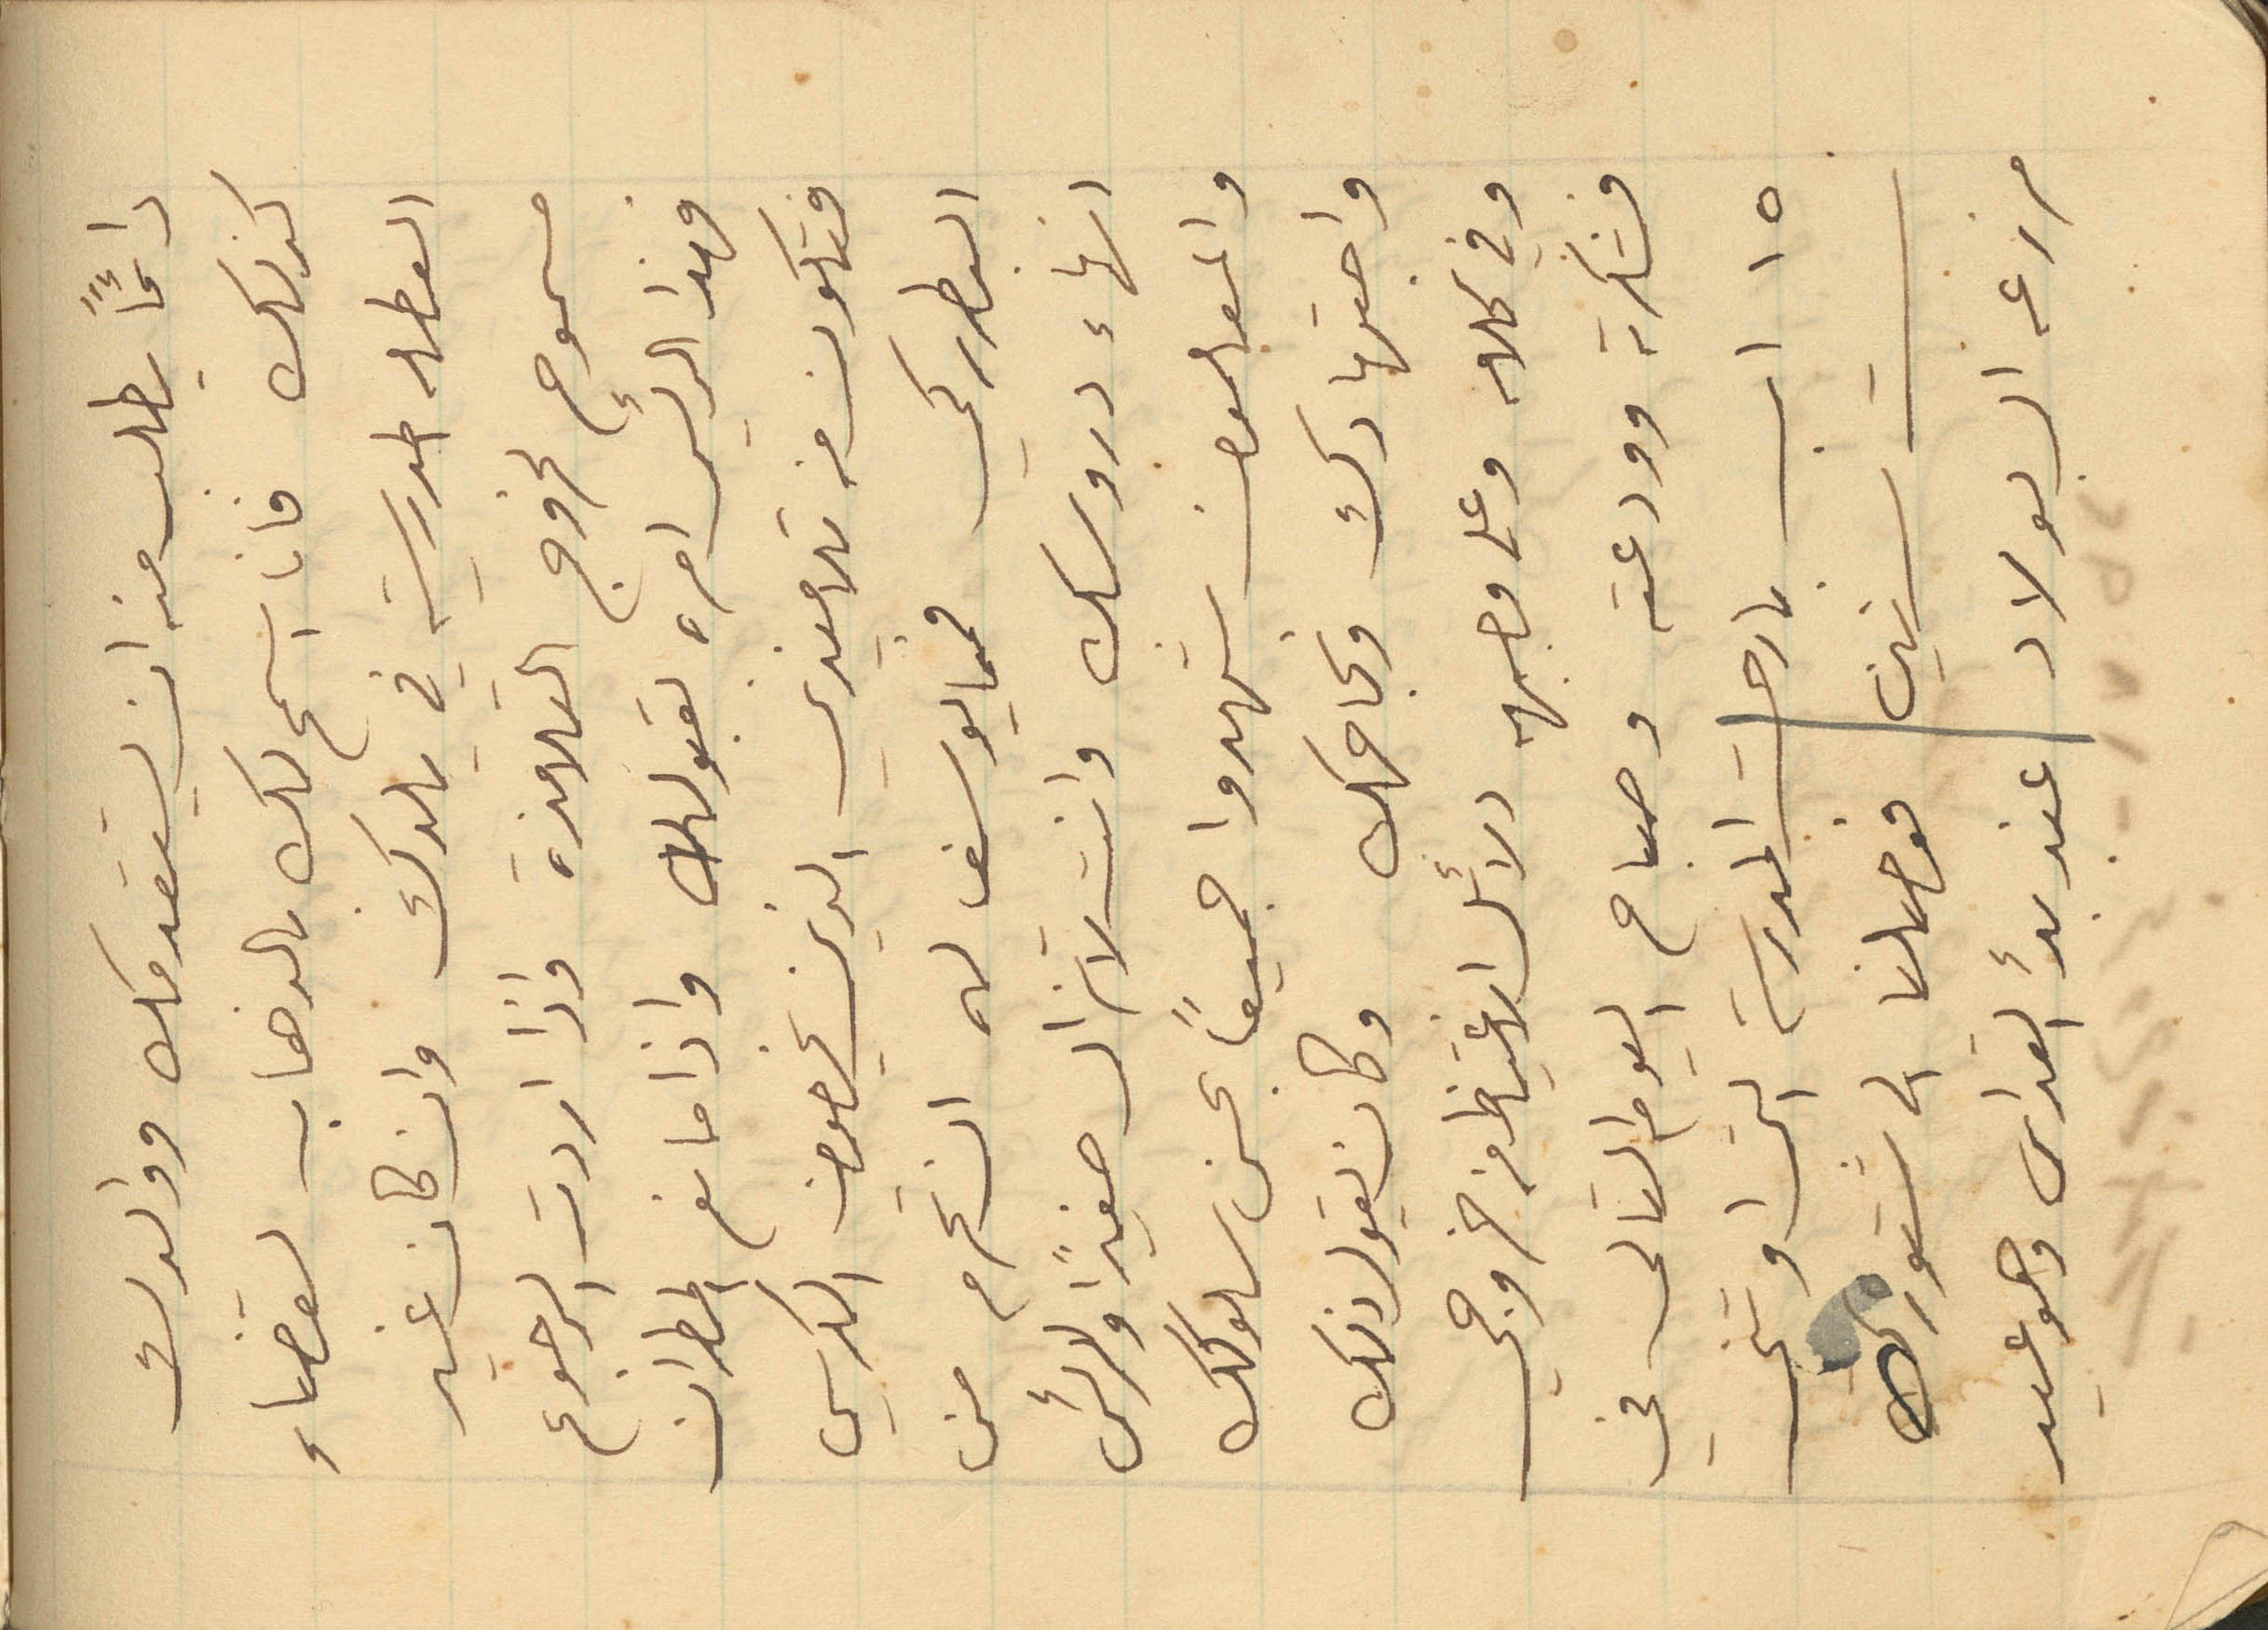
دائماً يطلب منه ان يستقدمك ووالدك
العطله المدرسية في بلدك وان كان غير
مسموح لخروج التلامذة واذا اردت الرجوع
فهذا الرئيس امره بقبولك واذا مانع المطران
فتكون من تلاميذي الذين يخصون الكرسي
البطريركي فيما يوسف له ان تحرم من
انهاء دروسك وانت لا تزال صغيراً والرئيس
والمعلمون شهدوا جميعاً بحسن سلوكك
15 اب بارحت المدرسة التي اوتني
ست سنين فوصلنا الى شتوره
مزرعه ال بولاد عند بدء القداس وهو عيد
كذلك فانا اسمح لك بالذهاب لقضاء
وفي كلامه وعلى وجهه دلائل الاغتياظ من خروجي
واجتهادك ونجاحك وكان يقول ذلك
فشكرته وودعته وصباح اليوم التالي في